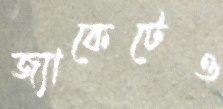
জ্যাকেটেও